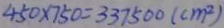
4 5 0 \times 7 5 0 = 3 3 7 5 0 0 ( c m ^ { 2 } )